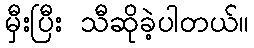
မှီးပြီး သီဆိုခဲ့ပါတယ်။